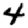
Digit: 4